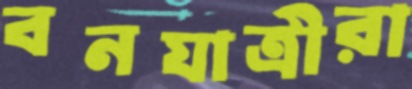
বনযাত্রীরা